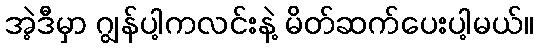
အဲ့ဒီမှာ ဂျွန်ပါ့ကလင်းနဲ့ မိတ်ဆက်ပေးပါ့မယ်။